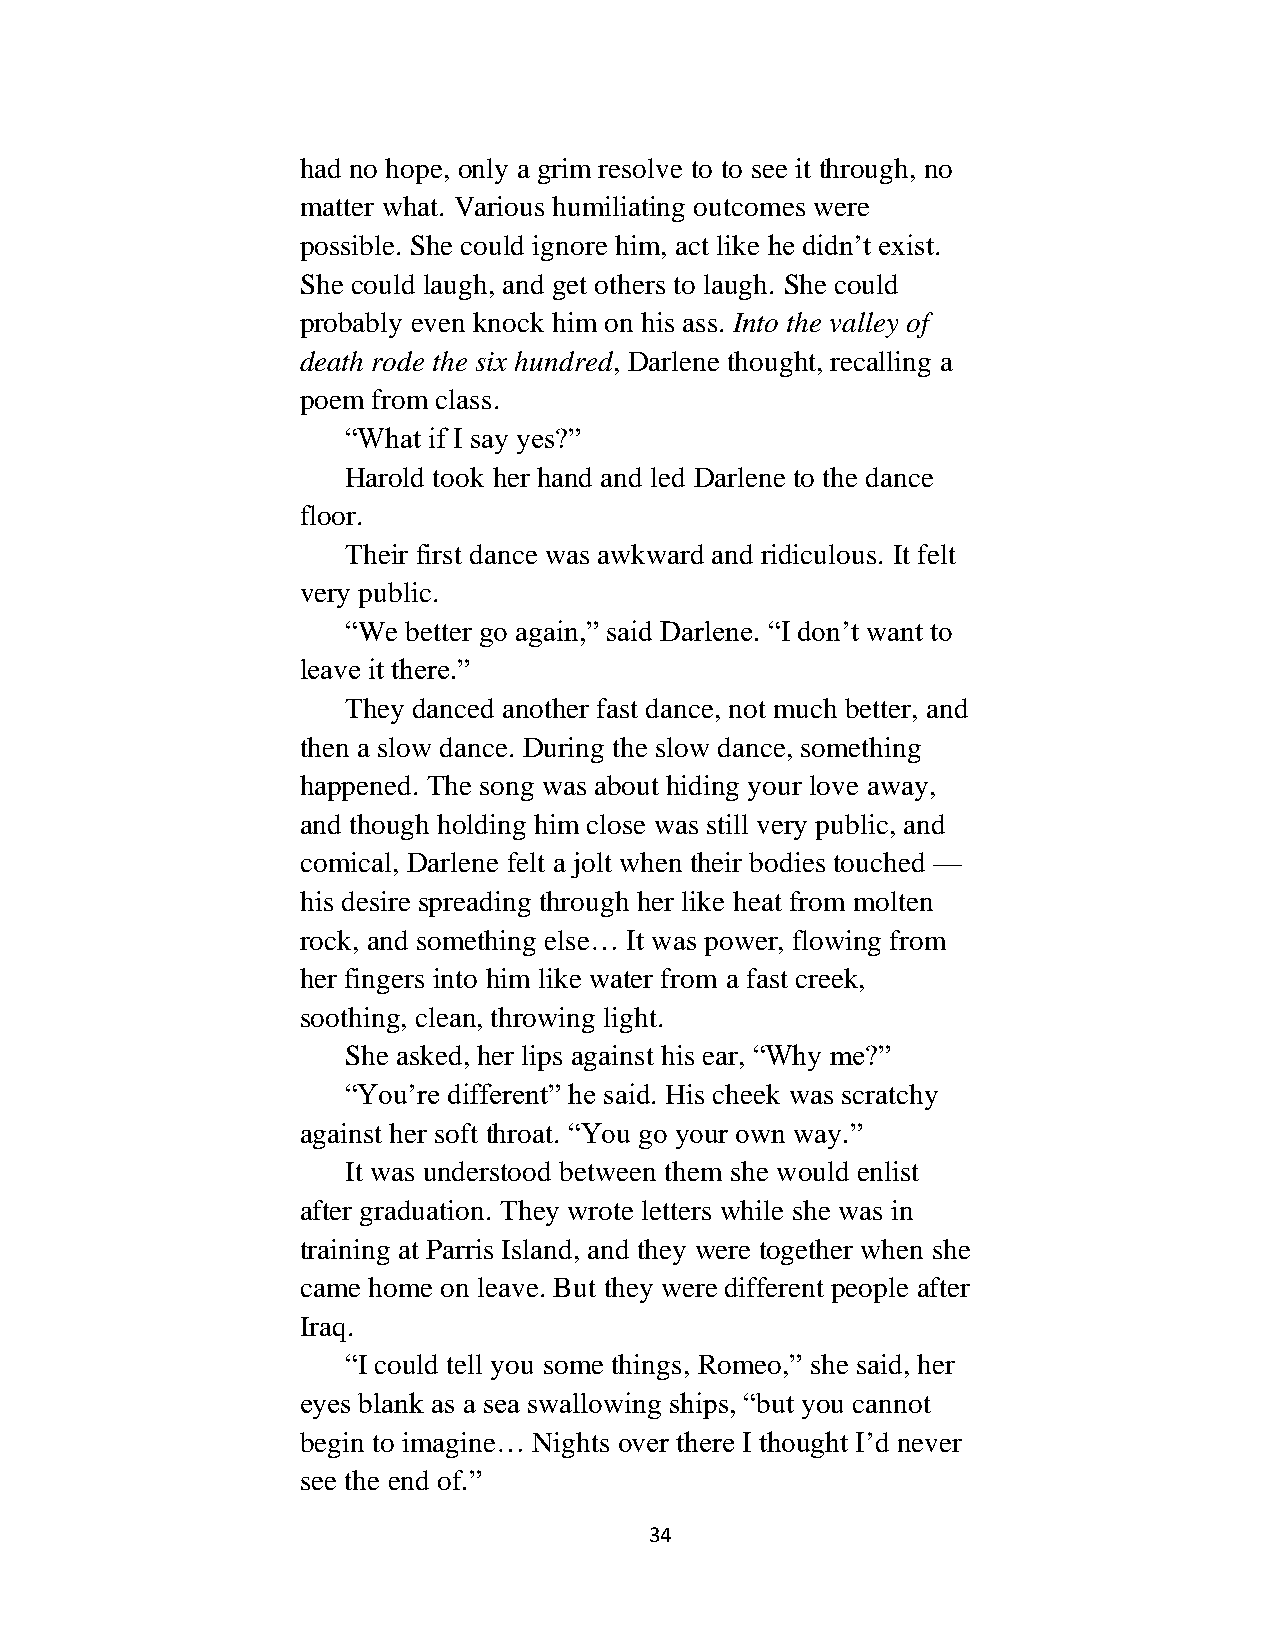
had no hope, only a grim resolve to to see it through, no
 matter what. Various humiliating outcomes were
 possible. She could ignore him, act like he didn’t exist.
 She could laugh, and get others to laugh. She could
 probably even knock him on his ass. Into the valley of
 death rode the six hundred, Darlene thought, recalling a
 poem from class.
 “What if I say yes?”
 Harold took her hand and led Darlene to the dance
 floor.
 Their first dance was awkward and ridiculous. It felt
 very public.
 “We better go again,” said Darlene. “I don’t want to
 leave it there.”
 They danced another fast dance, not much better, and
 then a slow dance. During the slow dance, something
 happened. The song was about hiding your love away,
 and though holding him close was still very public, and
 comical, Darlene felt a jolt when their bodies touched —
 his desire spreading through her like heat from molten
 rock, and something else… It was power, flowing from
 her fingers into him like water from a fast creek,
 soothing, clean, throwing light.
 She asked, her lips against his ear, “Why me?”
 “You’re different” he said. His cheek was scratchy
 against her soft throat. “You go your own way.”
 It was understood between them she would enlist
 after graduation. They wrote letters while she was in
 training at Parris Island, and they were together when she
 came home on leave. But they were different people after
 Iraq.
 “I could tell you some things, Romeo,” she said, her
 eyes blank as a sea swallowing ships, “but you cannot
 begin to imagine… Nights over there I thought I’d never
 see the end of.”
 34